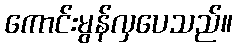
ကောင်းမွန်လှပေသည်။